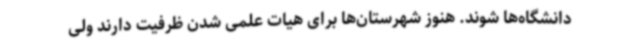
دانشگاه‌ها شوند. هنوز شهرستان‌ها برای هیات علمی شدن ظرفیت دارند ولی